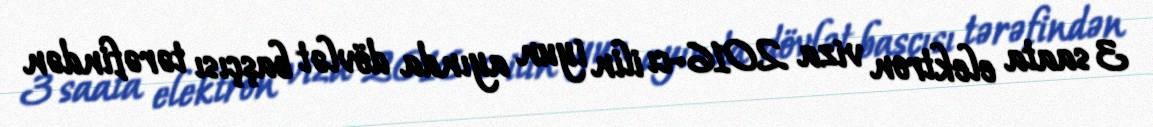
3 saata elektron viza 2016-cı ilin iyun ayında dövlət başçısı tərəfindən